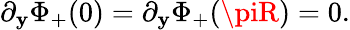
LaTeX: \partial_{\mathbf{y}}\Phi_{+}(0)=\partial_{\mathbf{y}}\Phi_{+}(\piR)=0.